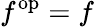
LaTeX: f^{\mathrm{op}}=f